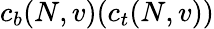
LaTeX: c_{b}(N,v)(c_{t}(N,v))